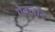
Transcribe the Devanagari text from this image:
गेवलॉट